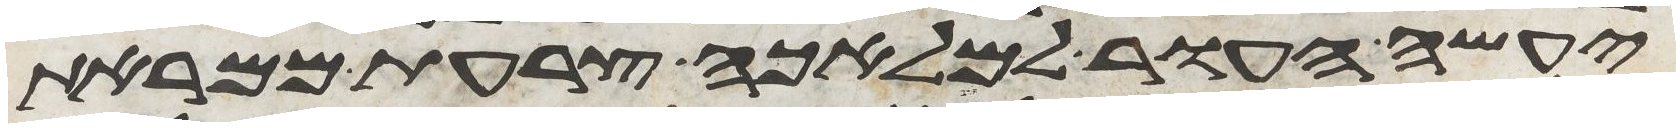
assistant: יעשה העור למלאכה צרעת ממראת